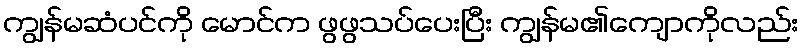
ကျွန်မဆံပင်ကို မောင်က ဖွဖွသပ်ပေးပြီး ကျွန်မ၏ကျောကိုလည်း